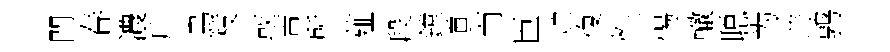
閏春濃斤烏枝或吉所薤段鏜遒而臣贮復性惕轍聪为恙鹑